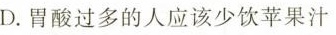
D.胃酸过多的人应该少饮苹果汁